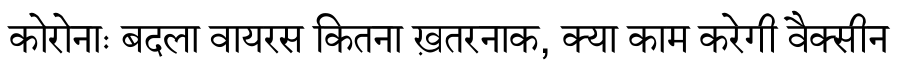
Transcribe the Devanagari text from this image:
कोरोनाः बदला वायरस कितना ख़तरनाक, क्या काम करेगी वैक्सीन